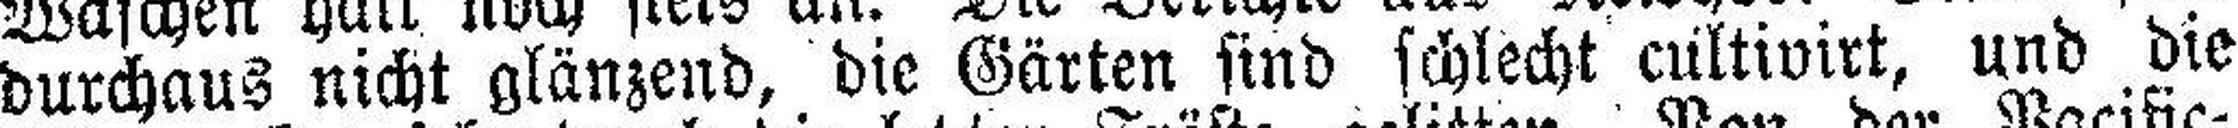
durchaus nicht glänzend, die Gärten sind schlecht cultivirt, und die